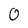
Character: 0